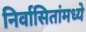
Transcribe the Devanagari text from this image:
निर्वासितांमध्ये